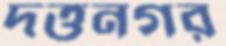
দত্তনগর